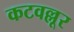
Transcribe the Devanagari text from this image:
कटवल्लूर